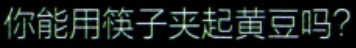
你能用筷子夹起黄豆吗？